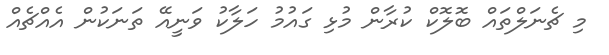
މި ޗެނަލްތައް ބޮލޮކް ކުރާން މުޅި ގައުމު ހަލާކު ވަނީއޭ ތަނަކުން އެއްޗެއް